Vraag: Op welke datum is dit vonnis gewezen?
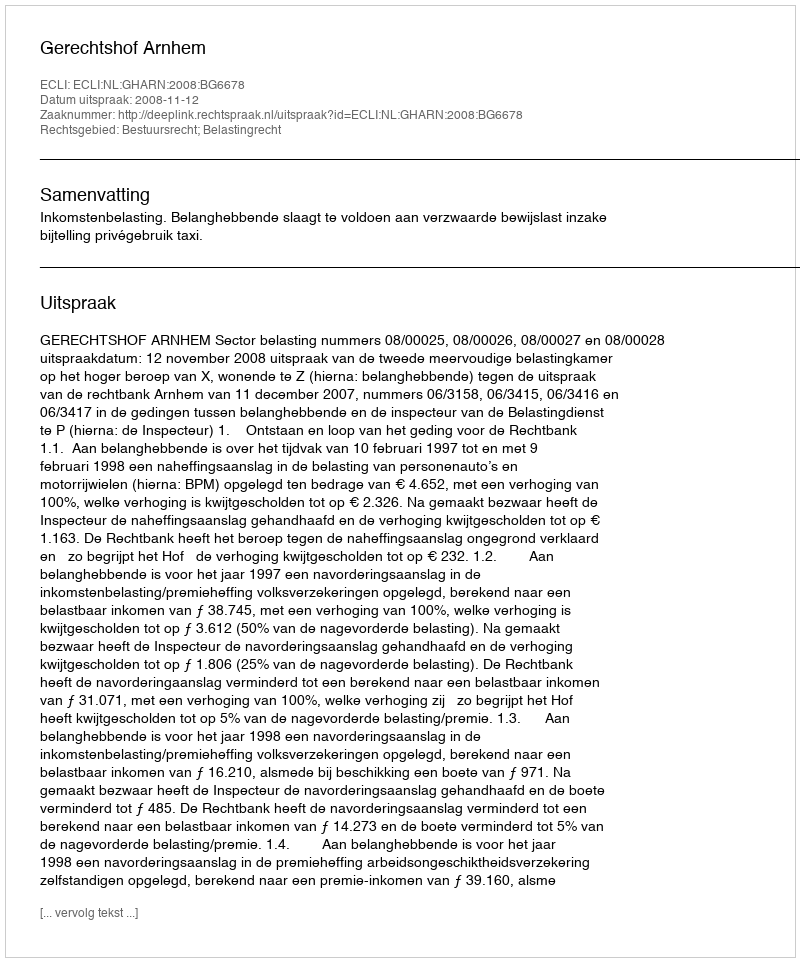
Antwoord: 2008-11-12